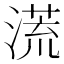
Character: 㵁